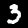
Digit: 3